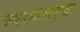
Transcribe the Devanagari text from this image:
स्वस्वभाव